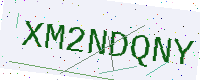
Text: XM2NDQNY